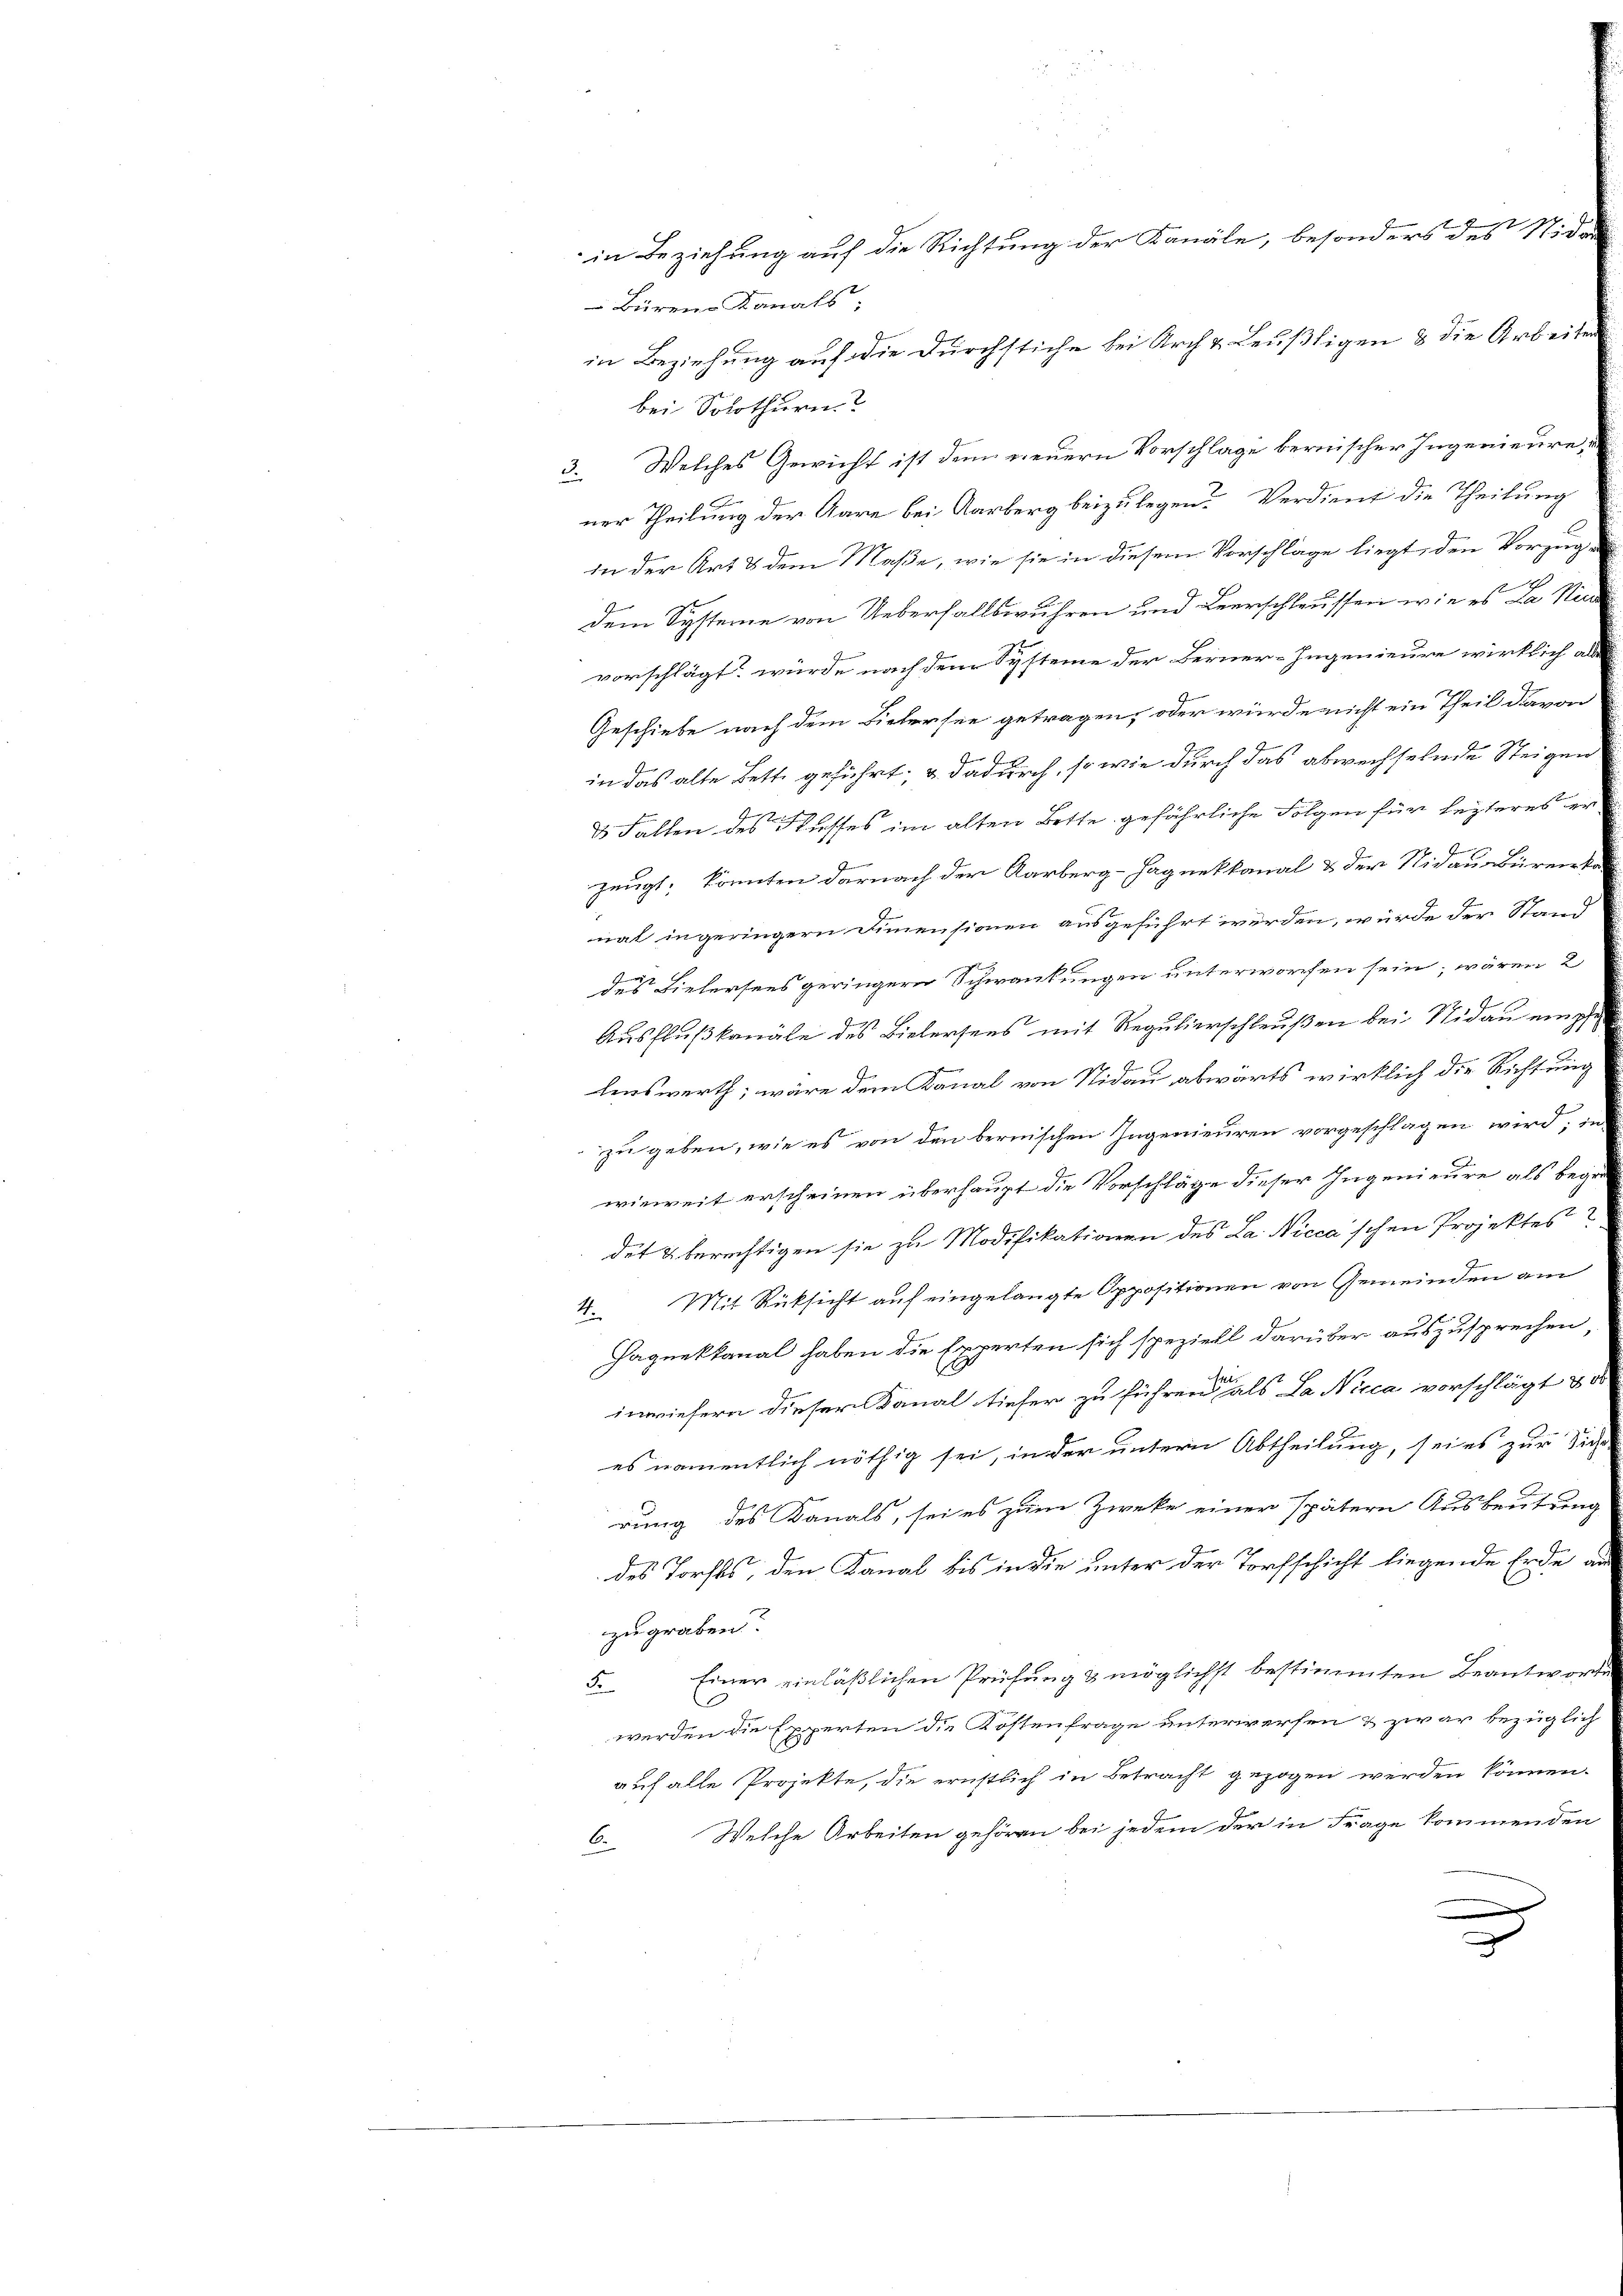
Büren Kanals
in Beziehung auf die Durchstiche bei Arch & Leußligen & die Arbeiten
bei Solothurn
3. Welches Gewicht ist dem neuern Vorschlage bernischer Ingenieure,
ner Theilung der Aare bei Aarberg beizulegen Verdient die Theilung
in der Art & dem Maße, wie sie in diesem Vorschläge liegt, den Vorzug
dem Systeme von Ueberfallswuhren und Leerschleussen wie es La Nid
vorschlägt, würde nach dem Systeme der Berner-Ingenieure wirklich als
Geschiebe nach dem Vielersee getragen, oder würde nicht ein Theil davon
in das alte Bette geführt, & dadurch, so wie durch das abwechselnde Steigen
& Fallen des Kiesses im alten Bette gefährliche Folgen für lezteres er
s
zeugt, konnten darnach der Aarberg-Hagnekkanal & der Nidau Bürerka
nat in geringern Dimensionen ausgeführt werden, würde der Stand
des Bielersees geringern Schwankungen unterworfen sein, wären 2
Ausflußkanäle des Bielersees mit Regulierschleußen bei Nidau empfe
lenswerth; wäre dem Kanal von Nidau abwärts wirklich die Richtung
zu geben, wie es von den bernischen Ingenieuren vorgeschlagen wird; in
wieweit erscheinen überhaupt die Vorschläge dieser Ingenieure als begr
det & berechtigen sie zu Modifikationen des La. Nicca’schen Projektes
Mit Rüksicht auf eingelangte Oppositionen von Gemeinden am
4.
Haquekkanal haben die Experten sich speziell darüber auszusprechen,
inwiefern dieser Kanal tiefer zu führen als da Nicca vorschlägt d
es namentlich nöthig sei, in der untern Abtheilung, sei es zur Sich
rung des Kanals, sei es zum Zwecke einer spätern Ausbeutung
des Forstes, den Kanal bis in die unter der Torfschicht liegende Erde an
zugraben
Einer einläßlichen Prüfung & möglichst bestimmten Beantwort
F
werden die Experten die Kostenfrage unterwerfen & zwar bezüglich
auf alle Projekte, die ernstlich in Betracht gezogen werden können.
Welche Arbeiten gehören bei jedem der in Frage kommenden
6.
.

in Beziehung auf die Richtung der Kanäle, besonders des Nider